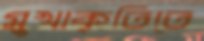
মুখাকৃতিতে